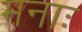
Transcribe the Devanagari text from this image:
मनाः